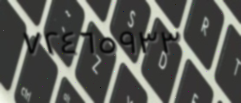
٧٢٤٦٥٩٣٣